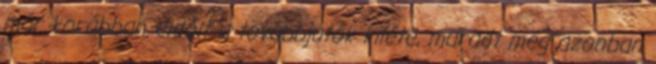
már korábban eldőlt a továbbjutók kiléte, maradt még azonban